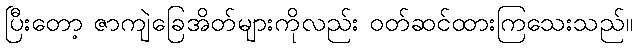
ပြီးတော့ ဇာကျဲခြေအိတ်များကိုလည်း ဝတ်ဆင်ထားကြသေးသည်။